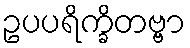
ဥပပရိက္ခိတဗ္ဗာ